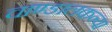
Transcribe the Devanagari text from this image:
चाण्डालकन्या